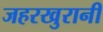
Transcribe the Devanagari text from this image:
जहरखुरानी